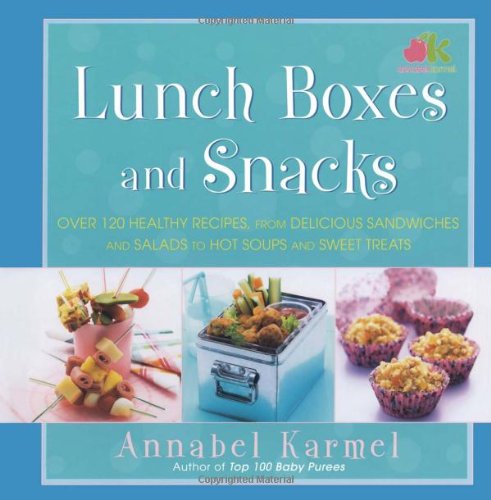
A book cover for Lunch Boxes and Snacks: Over 120 healthy recipes from delicious sandwiches and salads to hot soups and sweet treats (English and English Edition); Annabel Karmel; Cookbooks, Food & Wine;